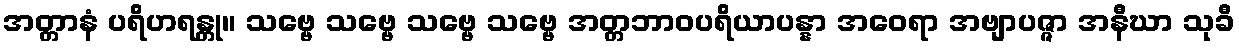
အတ္တာနံ ပရိဟရန္တု။ သဗ္ဗေ သဗ္ဗေ သဗ္ဗေ သဗ္ဗေ အတ္တဘာဝပရိယာပန္နာ အဝေရာ အဗျာပဇ္ဇာ အနီဃာ သုခီ